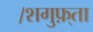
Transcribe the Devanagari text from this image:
।शगुफ़्ता